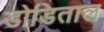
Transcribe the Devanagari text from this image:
डोडिताल